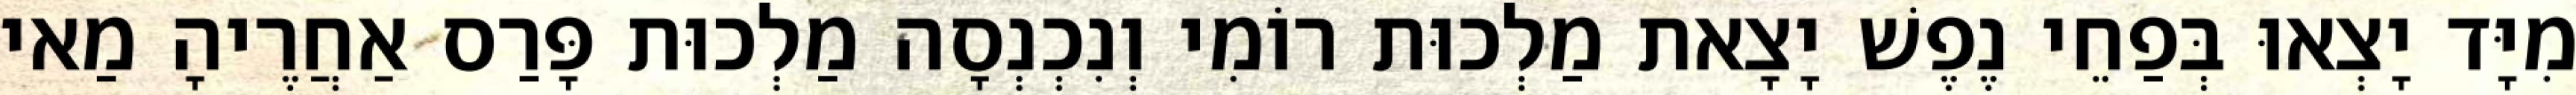
מִיָּד יָצְאוּ בְּפַחֵי נֶפֶשׁ יָצָאת מַלְכוּת רוֹמִי וְנִכְנְסָה מַלְכוּת פָּרַס אַחֲרֶיהָ מַאי